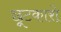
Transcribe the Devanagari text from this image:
छूटकारो